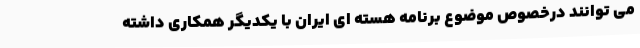
می توانند درخصوص موضوع برنامه هسته ای ایران با یکدیگر همکاری داشته